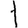
Digit: 1